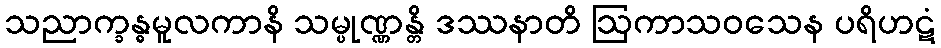
သညာက္ခန္ဓမူလကာနိ သမ္ပုဏ္ဏန္တိ ဒဿနာတိ ဩကာသဝသေန ပရိဟဋံ